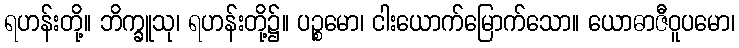
ရဟန်းတို့။ ဘိက္ခူသု၊ ရဟန်းတို့၌။ ပဉ္စမော၊ ငါးယောက်မြောက်သော။ ယောဓာဇီဝူပမော၊